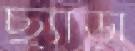
ছ্যাড়া